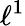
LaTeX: \ell^{1}